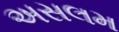
અસલમ